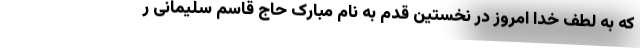
که به لطف خدا امروز در نخستین قدم به نام مبارک حاج قاسم سلیمانی ر